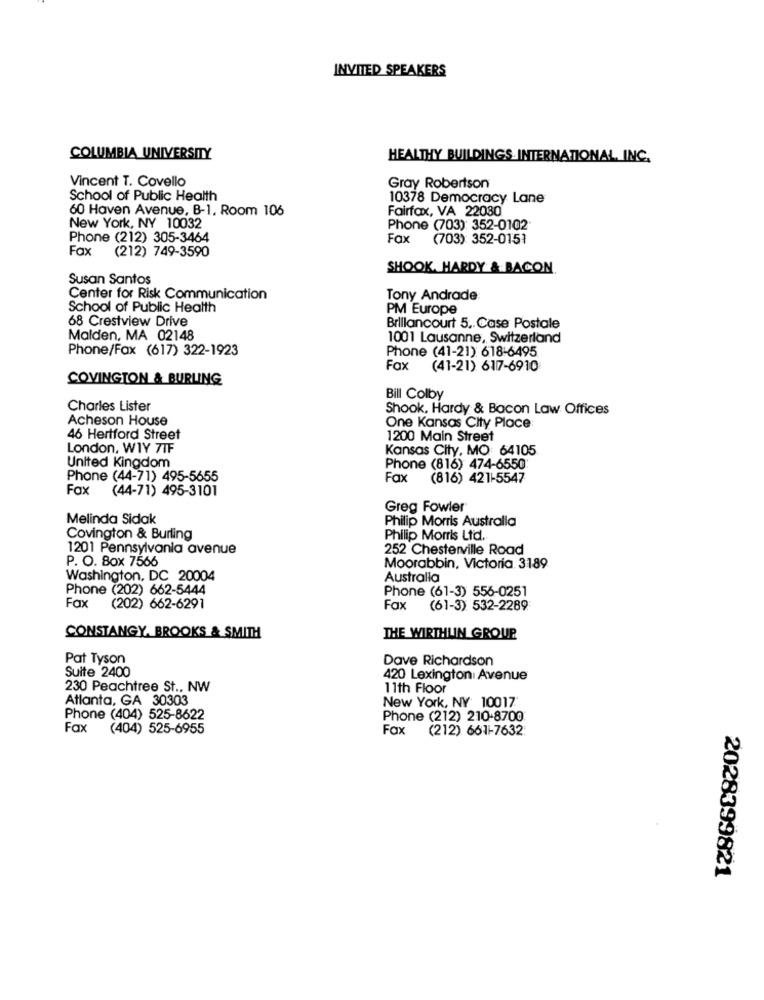
INVITED SPEAKERS
COLUMBIA UNIVERSITY
HEALTHY BUILDINGS INTERNATIONAL, INC.
Vincent T. Covello
Gray Robertson
School of Public Health
10378 Democracy Lane
60 Haven Avenue, B-1, Room 106
Fairfax, VA 22080
New York, NY 10032
Phone (703): 352-0102
Phone (212) 305-3464
Fax
(703): 352-0151
Fax
(212) 749-3590
SHOOK. HARDY & BACON
Susan Santos
Center for Risk Communication
Tony Andrade:
School of Public Health
PM Europe
68 Crestview Drive
Brillancourt 5. Case Postale
Malden, MA 02148
1001 Lausanne, Switzerland
Phone/Fax (617) 322-1923
Phone (41-21) 618-6495
Fax
(41-21) 617-6910
COVINGTON & BURLING
Bill Colby
Charles Lister
Shook, Hardy & Bacon Law Offices
Acheson House
One Kansas City Place
46 Hertford Street
1200 Main Street
London, WIY 7IF
Kansas City, MO: 64105
United Kingdom
Phone (816) 474-6550
Phone (44-71) 495-5655
Fax
(816) 421-5547
Fax (44-71) 495-3101
Greg Fowler
Melinda Sidak
Philip Morris Australia
Covington & Burling
Philip Morris Ltd.
1201 Pennsylvania avenue
252 Chesterville Road
P. O. Box 7566
Moorabbin, Victoria 3189
Washington, DC 20004
Australia
Phone (202) 662-5444
Phone (61-3) 556-0251
Fax
(202) 662-6291
Fax
(61-3) 532-2289
CONSTANGY, BROOKS & SMITH
THE WIRTHLIN GROUP
Pat Tyson
Dave Richardson
Suite 2400
420 Lexington Avenue
230 Peachtree St ., NW
11th Floor
Atlanta, GA 30303
New York, NY 10017
Phone (404) 525-8622
Phone (212) 210-8700
Fax
(404) 525-6955
Fax
(212) 661-7632
2028399821